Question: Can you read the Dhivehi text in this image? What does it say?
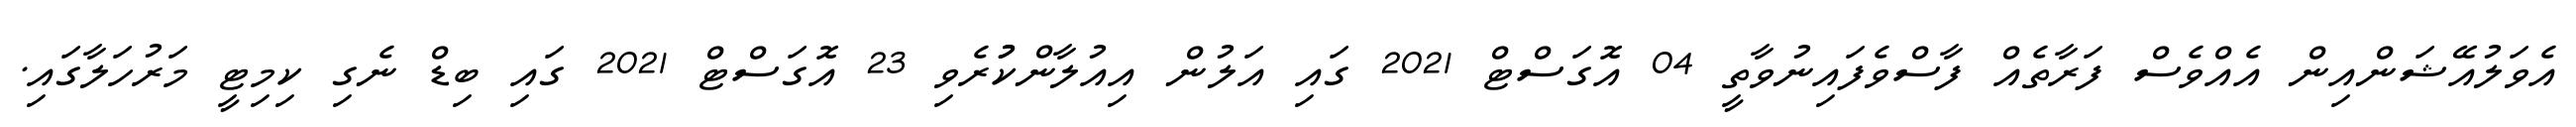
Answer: އެވަލުއޭޝަންއިން އެއްވެސް ފަރާތެއް ފާސްވެފައިނުވާތީ 04 އޮގަސްޓް 2021 ގައި އަލުން އިއުލާންކުުރެވި 23 އޮގަސްޓް 2021 ގައި ބިޑް ނެގި ކިމިޓީ މަރުހަލާގައި.